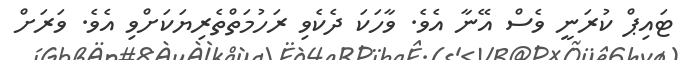
ޓައިޕް ކުރަނީ ވެސް އޭނާ އެވެ. ވާހަކަ ދެކެވި ރަހުމަތްތެރިޔަކަށްވި އެވެ. ވަރަށް